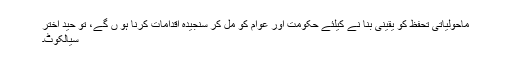
ماحولیاتی تحفظ کو یقینی بنا نے کیلئے حکومت اور عوام کو مل کر سنجیدہ اقدامات کرنا ہو ں گے، تو حید اختر
سیالکوٹ۔